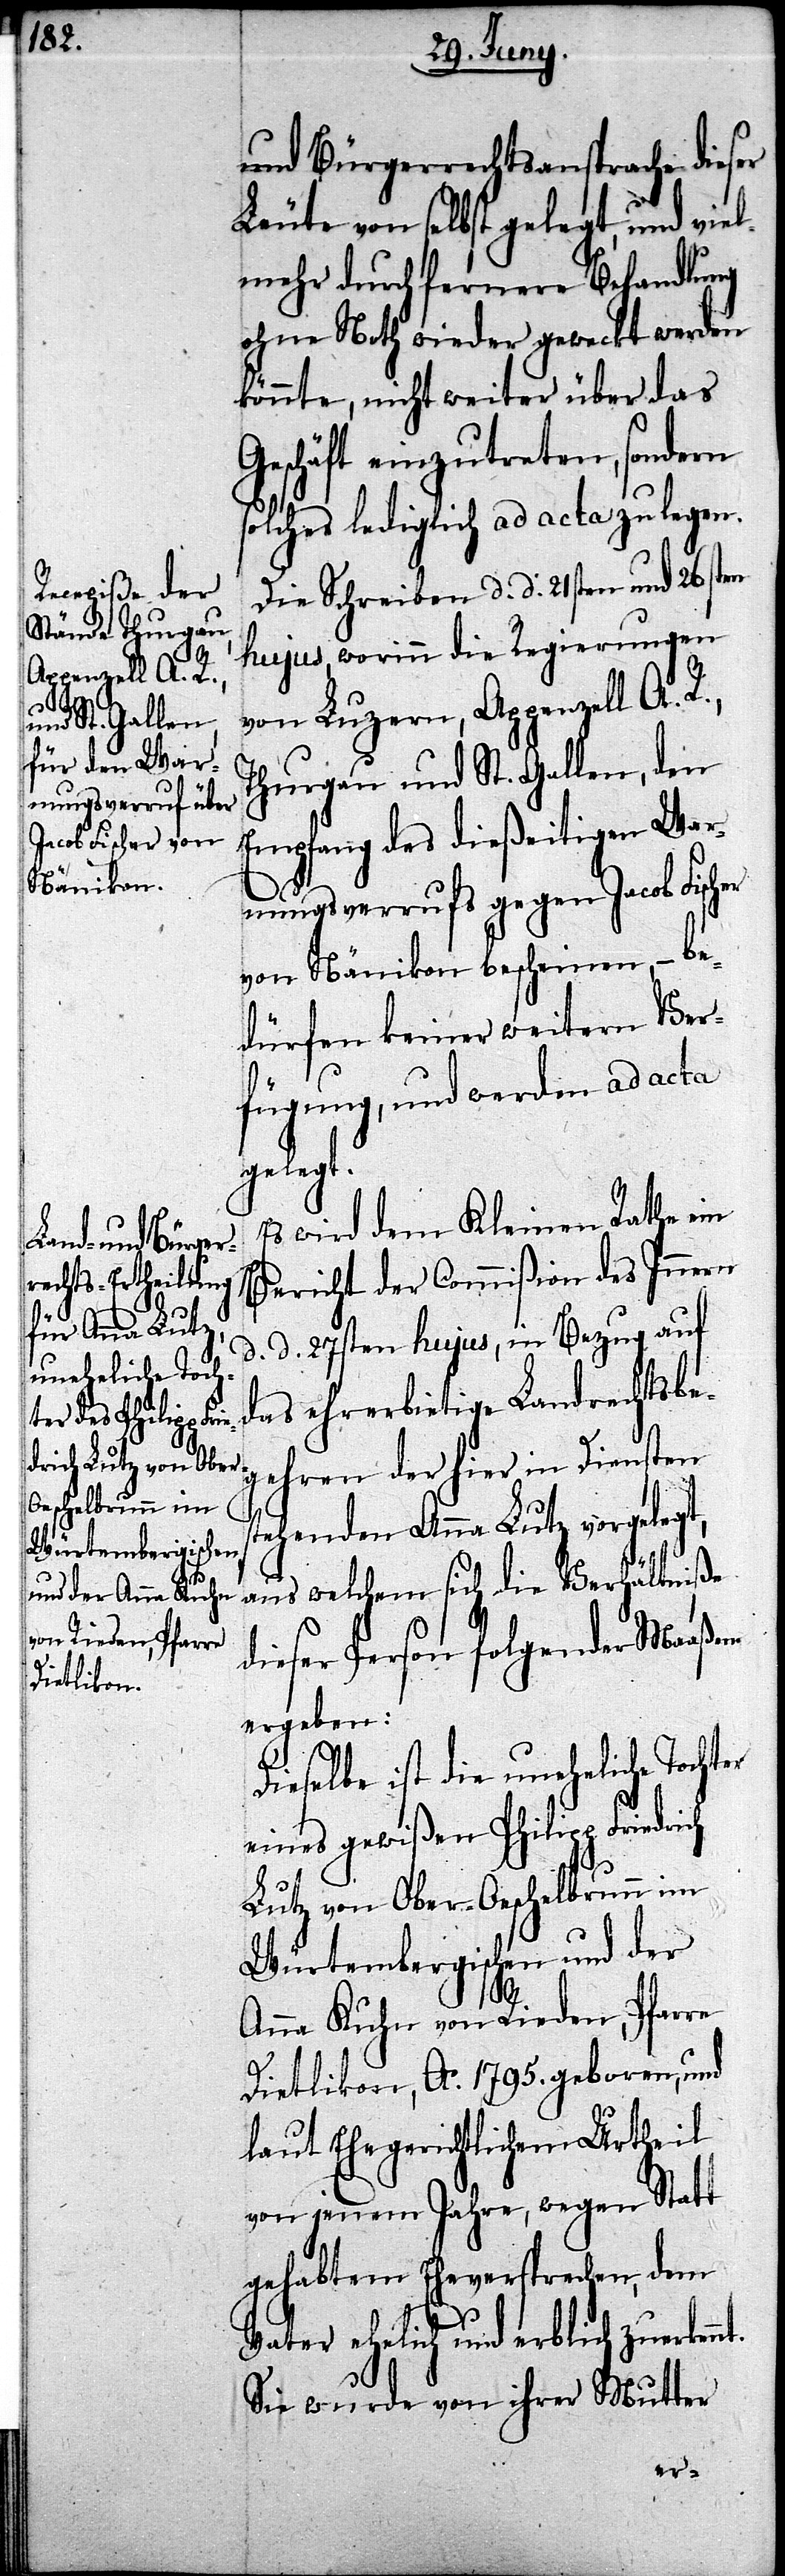
nt.

und Bürgerrechtsansprache dieser
Leute von selbst gelegt, und viel¬
mehr durch fernere Behandlung
ohne Noth wieder geweckt werden
könnte, nicht weiter über das
Geschäft einzutreten, sondern
solches lediglich ad acta zu legen.
Die Schreiben d. d. 21sten und 26sten
hujus, worinn die Regierungen
von Luzern, Appenzell A. R.,
Thurgau und St. Gallen, den
Empfang des dießeitigen War¬
nungsverrufs gegen Jacob Fisch¬
von Nänikon bescheinen, – be¬
dürfen keiner weitern Ver¬
fügung, und werden ad acta
gelegt.
Es wird dem Kleinen Rathe ein
Bericht der Commißion des Innern
d. d. 27sten hujus, in Bezug auf
das ehrerbietige Landrechtsbeg¬
ehren der hier in Diensten
stehenden Anna Lutz vorgelegt,
aus welchem sich die Verhältniße
dieser Person folgender Maaßen
ergeben:
Dieselbe ist die uneheliche Tochter
eines gewißen Philipp Friedrich
Lutz von Ober-Oeschelbrunn im
Würtembergischen und der
Anna Kuhn von Riedern, Pfarre
Dietlikon, Ao. 1795. geboren, und
laut Ehegerichtlichem Urtheil
von jenem Jahre, wegen Statt
gehabtem Eheversprechen, dem
Vater ehelich und erblich zuerken¬
Sie wurde von ihrer Mutter
er